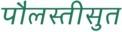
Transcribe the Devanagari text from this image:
पौलस्तीसुत